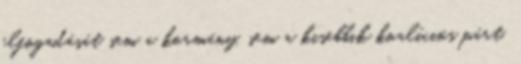
elfogadását sem a kormány, sem a kisebbik koalíciós párt,